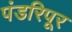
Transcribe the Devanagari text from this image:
पंडरिपूर